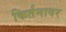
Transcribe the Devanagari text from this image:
किर्तनावर